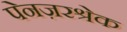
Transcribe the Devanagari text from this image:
पेनज़रश्रेक